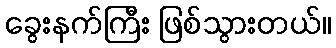
ခွေးနက်ကြီး ဖြစ်သွားတယ်။